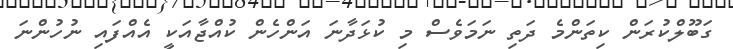
ގަބޫލްކުރަން ކިތަންމެ ދަތި ނަމަވެސް މި ކުޅަދާނަ އަންހެން ކުއްޖާއަކީ އެއްފައި ނުހުންނަ